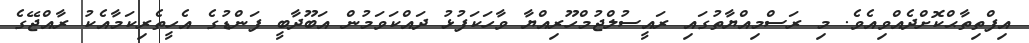
އިފްތިތާޙްކޮށްދެއްވިއެވެ. މި ރަސްމިއްޔާތުގައި ރައީސުލްޖުމްހޫރިއްޔާ ވާހަކަފުޅު ދައްކަވަމުން އަބޫދާބީ ފަންޑުގެ އެހީތެރިކަމާއެކު ރާއްޖޭގެ